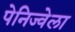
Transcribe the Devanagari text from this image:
पेनिज्वेला